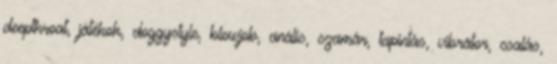
deepthroat, játékok, doggystyle, blowjob, anális, szamár, tapintás, vibrátor, csalás,